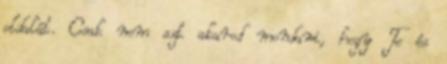
oldalát. Csak nem azt akarod mondani, hogy Te és